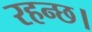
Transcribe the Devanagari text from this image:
रहन्छ।